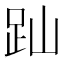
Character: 䟖